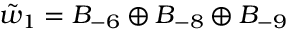
\tilde { w } _ { 1 } = B _ { - 6 } \oplus B _ { - 8 } \oplus B _ { - 9 }